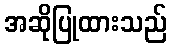
အဆိုပြုထားသည်